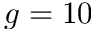
g = 1 0